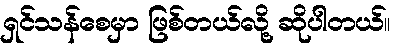
ရှင်သန်စေမှာ ဖြစ်တယ်လို့ ဆိုပါတယ်။